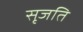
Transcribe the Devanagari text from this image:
सृजति